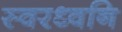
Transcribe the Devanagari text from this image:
स्वरध्वनि